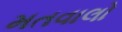
મતવાલો